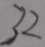
3 2